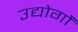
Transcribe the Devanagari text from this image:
उद्योगोंं